Annual report of the Civil Veterinary Department, Bengal, for the year 1896-97 - 1896-1897
Year: 1896
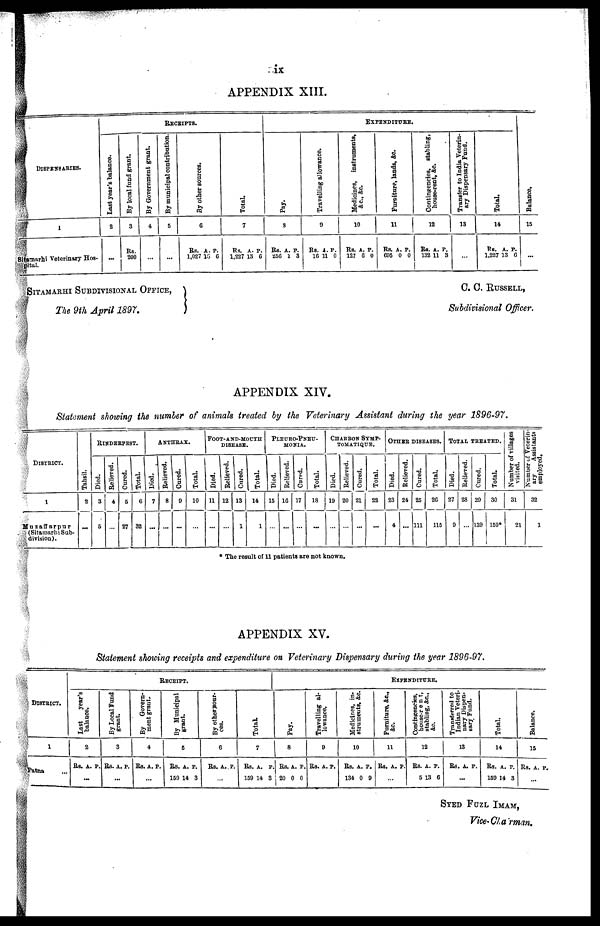
ix
APPENDIX XIII.
DISPENSARIES.
1
marhi Veterinary Hos-
ital.
RECRIPTS.
Last year's balance.
2
...
By local fund grant.
3
Rs.
200
By Government grant.
4
...
By municipal contribution.
5
...
By other sources.
6
Rs.
1,027
A.
16
P.
6
Total.
7
Rs.
1,227
A.
13
P.
6
EXPENDITURE.
Pay.
8
Rs.
256
A.
1
P.
3
Travelling allowance.
9
Rs.
16
A.
11
P.
0
Me di c i
ne s , i
ns t
r
ume nt s ,
4c, Ac.
10
Rs.
127
A.
0
P.
0
Fur ni t
ur e, l ands, &c.
11
Rs.
695
a.
0
p.
0
Contingencies, stabling,
hous e- r
ent , Ac.
12
Rs.
132
A.
11
P.
3
Transfer to India Veterin-
ary Dispensary Fund.
13
...
Total.
14
Rs.
1,227
a.
13
p.
6
Bal ance.
15
...
SITAMARHI SUBDIVISIONAL OFFICE,
The 9th April 1897.
C. C. Russell,
Subdivisional Officer.
APPENDIX XIV.
Statement showing the number of animals treated by the Veterinary Assistant during the year 1896-97.
District.
1
Muzaffarpur
(Sitamarhi Sub-
division).
Tahsi l .
2
...
RINDERPEST.
Died.
3
5
Relieved.
4
...
Cured.
5
27
Total.
C
32
ANTHRAX.
Died.
7
...
Relieved.
8
...
Cured.
9
...
Total.
10
...
POOT-AND-MOUTH
DISEASE.
Died.
11
...
Relieved.
12
...
Cured.
13
1
Total.
14
1
Pleuro-Pneu-
MOHIA.
Died.
15
...
Relieved.
16
...
Cured.
17
...
Total.
18
...
Charbon Symp.
tomatique.
Died.
19
...
Relieved.
20
...
Cured.
21
...
Total.
22
...
OTHER DISEASES.
Died.
23
4
Relieved.
24
...
Cured.
25
111
Total.
20
115
Total treated.
Died.
27
9
Relieved.
23
...
Cured.
29
139
Total.
30
159*
Number of villages
visited.
31
21
Number of Veterin-
ary
Assistants
employed.
32
1
* The result of 11 patients are not known.
APPENDIX XV.
Statement showing receipts and expenditure on Veterinary Dispensary during the year 1896-97.
District.
1
Patna ...
Receipt.
|
Last
year's
balance.
2
Rs. A. P.
...
By Local Fund
grant.
3
Rs. A. P.
...
By
Govern-
ment grant.
4
Rs. A. P.
...
By Municipal
grant.
6
Rs. A. P.
169 14 3
By other sour.
ces.
6
Rs. A. P.
...
Total.
7
Rs. A. P.
159 14 3
REPENDITURE.
Pay.
8
Rs. A. P.
20 0 0
Travelling al-
lowance.
9
Rs. A. P.
Medicines, in-
struments, &c.
10
Rs. A. P.
134 0 9
Furniture, &c.,
&c.
11
Rs. A. P.
...
Contingencies,
house-rent,
stabling, &c.,
&c.
12
Rs. A. P.
6 13 6
Transferred to
Indian Veteri-
nary Dispen-
sary Fund.
13
Rs. A. P.
...
Total.
14
Rs. A. P.
159 14 3
Balance.
15
Rs. A. P.
...
Syed Fuzl Imam,
Vice-Chairman.